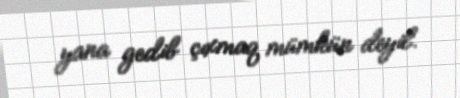
yana gedib çıxmaq mümkün deyil.